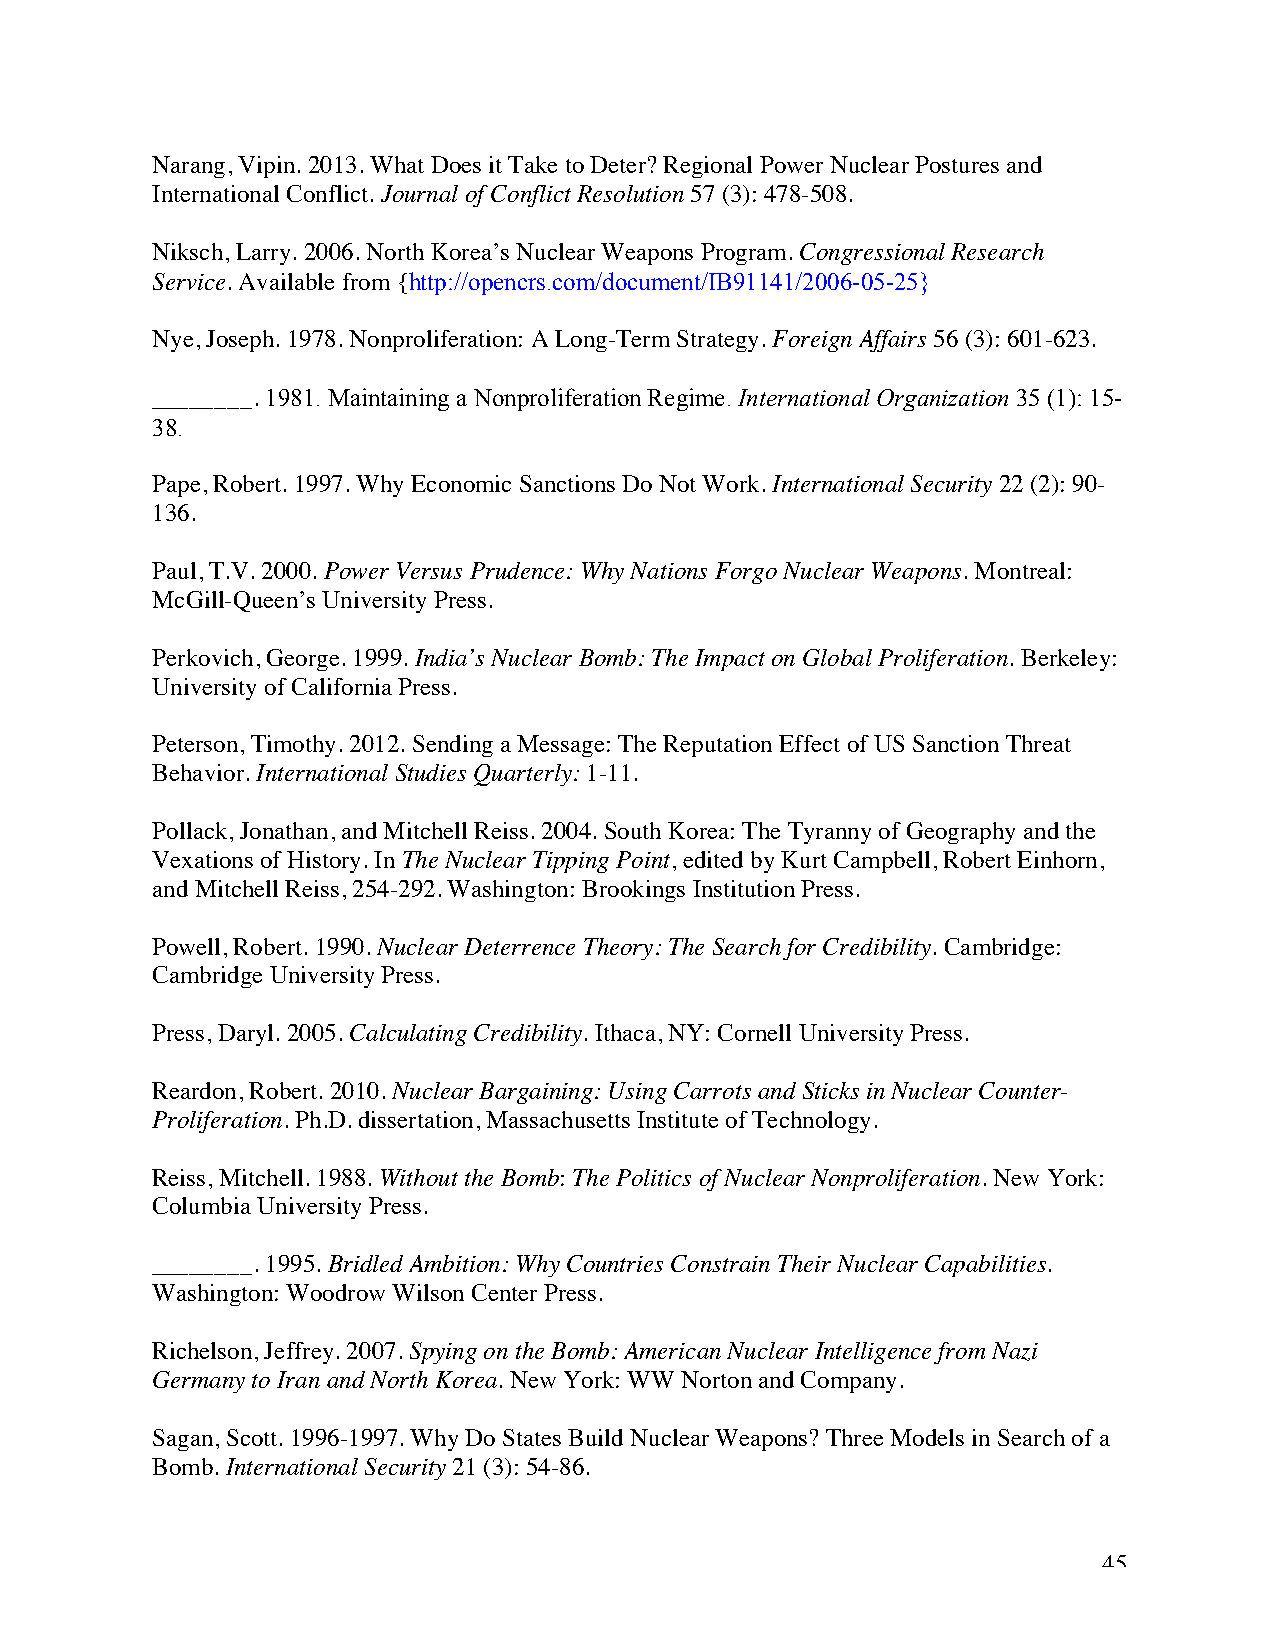
Narang, Vipin. 2013. What Does it Take to Deter? Regional Power Nuclear Postures and
 International Conflict. Journal of Conflict Resolution 57 (3): 478-508.
 Niksch, Larry. 2006. North Korea’s Nuclear Weapons Program. Congressional Research
 Service. Available from {http://opencrs.com/document/IB91141/2006-05-25}
 Nye, Joseph. 1978. Nonproliferation: A Long-Term Strategy. Foreign Affairs 56 (3): 601-623.
 ________. 1981. Maintaining a Nonproliferation Regime. International Organization 35 (1): 15-
 38.
 Pape, Robert. 1997. Why Economic Sanctions Do Not Work. International Security 22 (2): 90-
 136.
 Paul, T.V. 2000. Power Versus Prudence: Why Nations Forgo Nuclear Weapons. Montreal:
 McGill-Queen’s University Press.
 Perkovich, George. 1999. India’s Nuclear Bomb: The Impact on Global Proliferation. Berkeley:
 University of California Press.
 Peterson, Timothy. 2012. Sending a Message: The Reputation Effect of US Sanction Threat
 Behavior. International Studies Quarterly: 1-11.
 Pollack, Jonathan, and Mitchell Reiss. 2004. South Korea: The Tyranny of Geography and the
 Vexations of History. In The Nuclear Tipping Point, edited by Kurt Campbell, Robert Einhorn,
 and Mitchell Reiss, 254-292. Washington: Brookings Institution Press.
 Powell, Robert. 1990. Nuclear Deterrence Theory: The Search for Credibility. Cambridge:
 Cambridge University Press.
 Press, Daryl. 2005. Calculating Credibility. Ithaca, NY: Cornell University Press.
 Reardon, Robert. 2010. Nuclear Bargaining: Using Carrots and Sticks in Nuclear Counter-
 Proliferation. Ph.D. dissertation, Massachusetts Institute of Technology.
 Reiss, Mitchell. 1988. Without the Bomb: The Politics of Nuclear Nonproliferation. New York:
 Columbia University Press.
 ________. 1995. Bridled Ambition: Why Countries Constrain Their Nuclear Capabilities.
 Washington: Woodrow Wilson Center Press.
 Richelson, Jeffrey. 2007. Spying on the Bomb: American Nuclear Intelligence from Nazi
 Germany to Iran and North Korea. New York: WW Norton and Company.
 Sagan, Scott. 1996-1997. Why Do States Build Nuclear Weapons? Three Models in Search of a
 Bomb. International Security 21 (3): 54-86.
 45